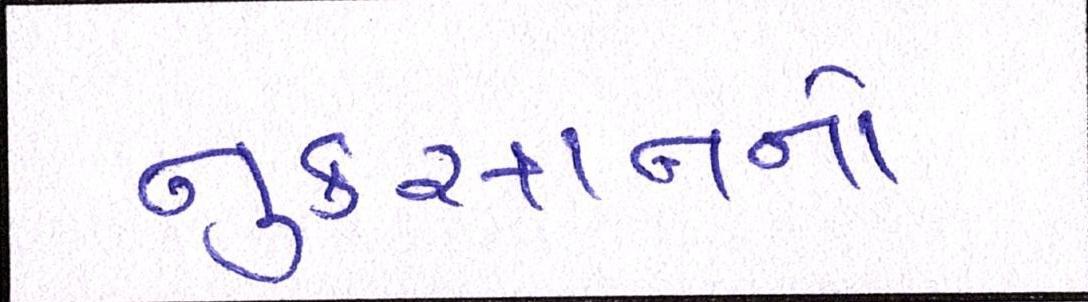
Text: નુકસાનનો